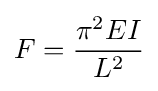
F={\frac {\pi ^{2}EI}{L^{2}}}